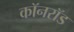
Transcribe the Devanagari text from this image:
कॉनरॉड